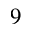
9